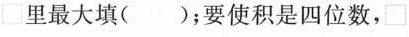
\square里最大填( )；要使积是四位数，\square